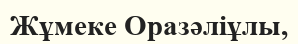
Жұмеке Оразәліұлы,